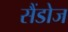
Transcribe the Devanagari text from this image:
सैंडोज